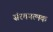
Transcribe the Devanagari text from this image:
संरचनत्मक